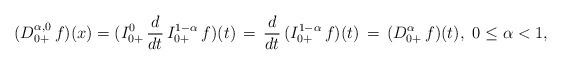
LaTeX: \begin{align*}(D^{\alpha,0}_{0+}\, f)(x) = (I_{0+}^{0}\, \frac{d}{dt}\, I_{0+}^{1-\alpha}\, f)(t)\, = \, \frac{d}{dt}\, (I_{0+}^{1-\alpha}\, f)(t)\, = \,(D^\alpha_{0+}\, f)(t),\ 0 \le \alpha < 1,\end{align*}